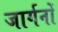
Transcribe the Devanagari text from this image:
जार्गनों